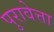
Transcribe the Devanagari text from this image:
पुरावेत्ता